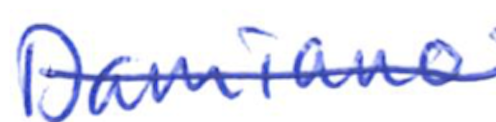
Text: Damiano
Cross-out: single-line
Writing tool: ballpoint